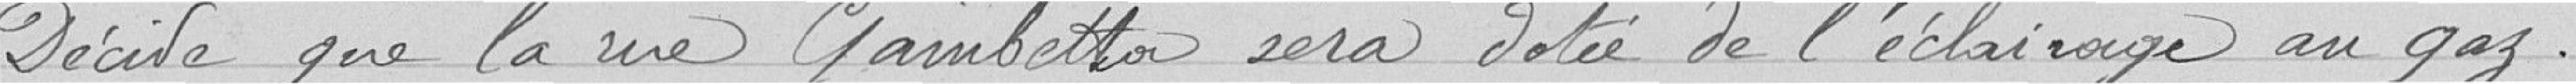
Décide que la rue Gambetta sera dotée de l'éclairage au gaz.